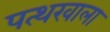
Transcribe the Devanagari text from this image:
पत्थरवाला